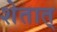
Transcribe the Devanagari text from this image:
शेतात्